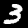
Digit: 3